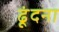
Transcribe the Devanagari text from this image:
ढूंदना